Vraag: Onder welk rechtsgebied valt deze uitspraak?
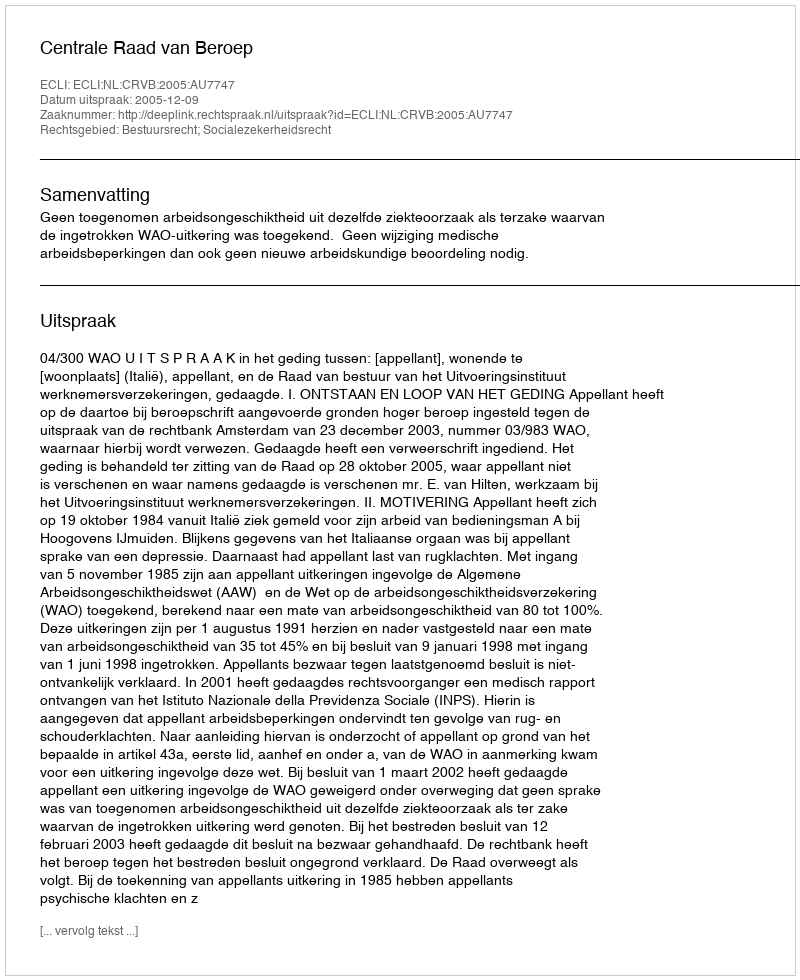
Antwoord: Bestuursrecht; Socialezekerheidsrecht